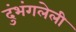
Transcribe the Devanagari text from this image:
दुंभंगलेली